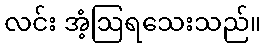
လင်း အံ့ဩရသေးသည်။